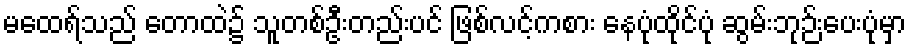
မထေရ်သည် တောထဲ၌ သူတစ်ဦးတည်းပင် ဖြစ်လင့်ကစား နေပုံထိုင်ပုံ ဆွမ်းဘုဉ်းပေးပုံမှာ